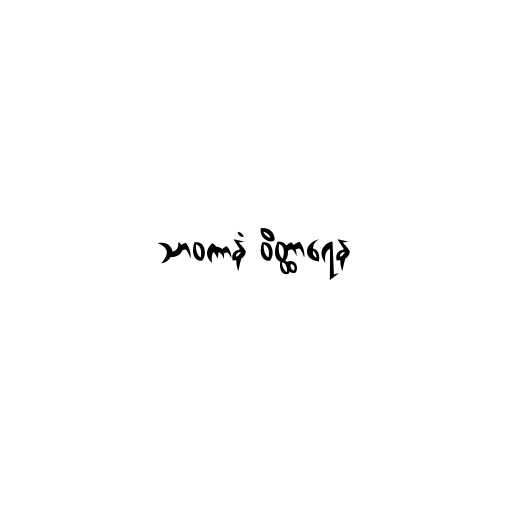
သာဝကာနံ ဝိတ္ထာရေန